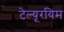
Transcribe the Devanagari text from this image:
टेल्यूरयिम